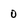
Character: 0